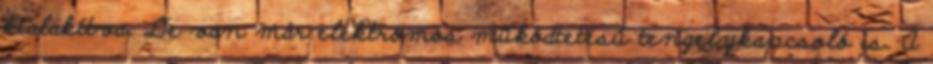
kialakítva. De van már elektromos működtetésű tengelykapcsoló is. A